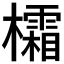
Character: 𪴜